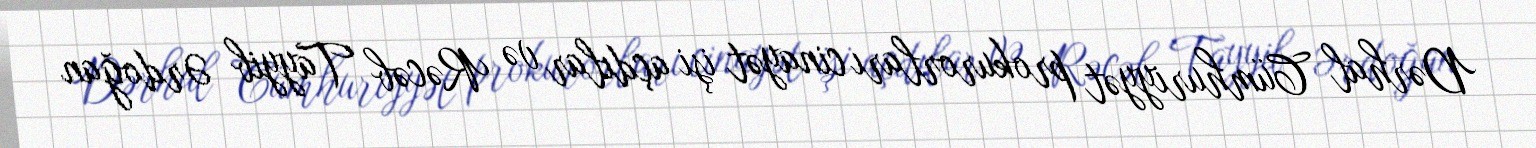
Dərhal Cümhuriyyət prokurorları cinayət işi açdılar və Rəcəb Tayyib Ərdoğan